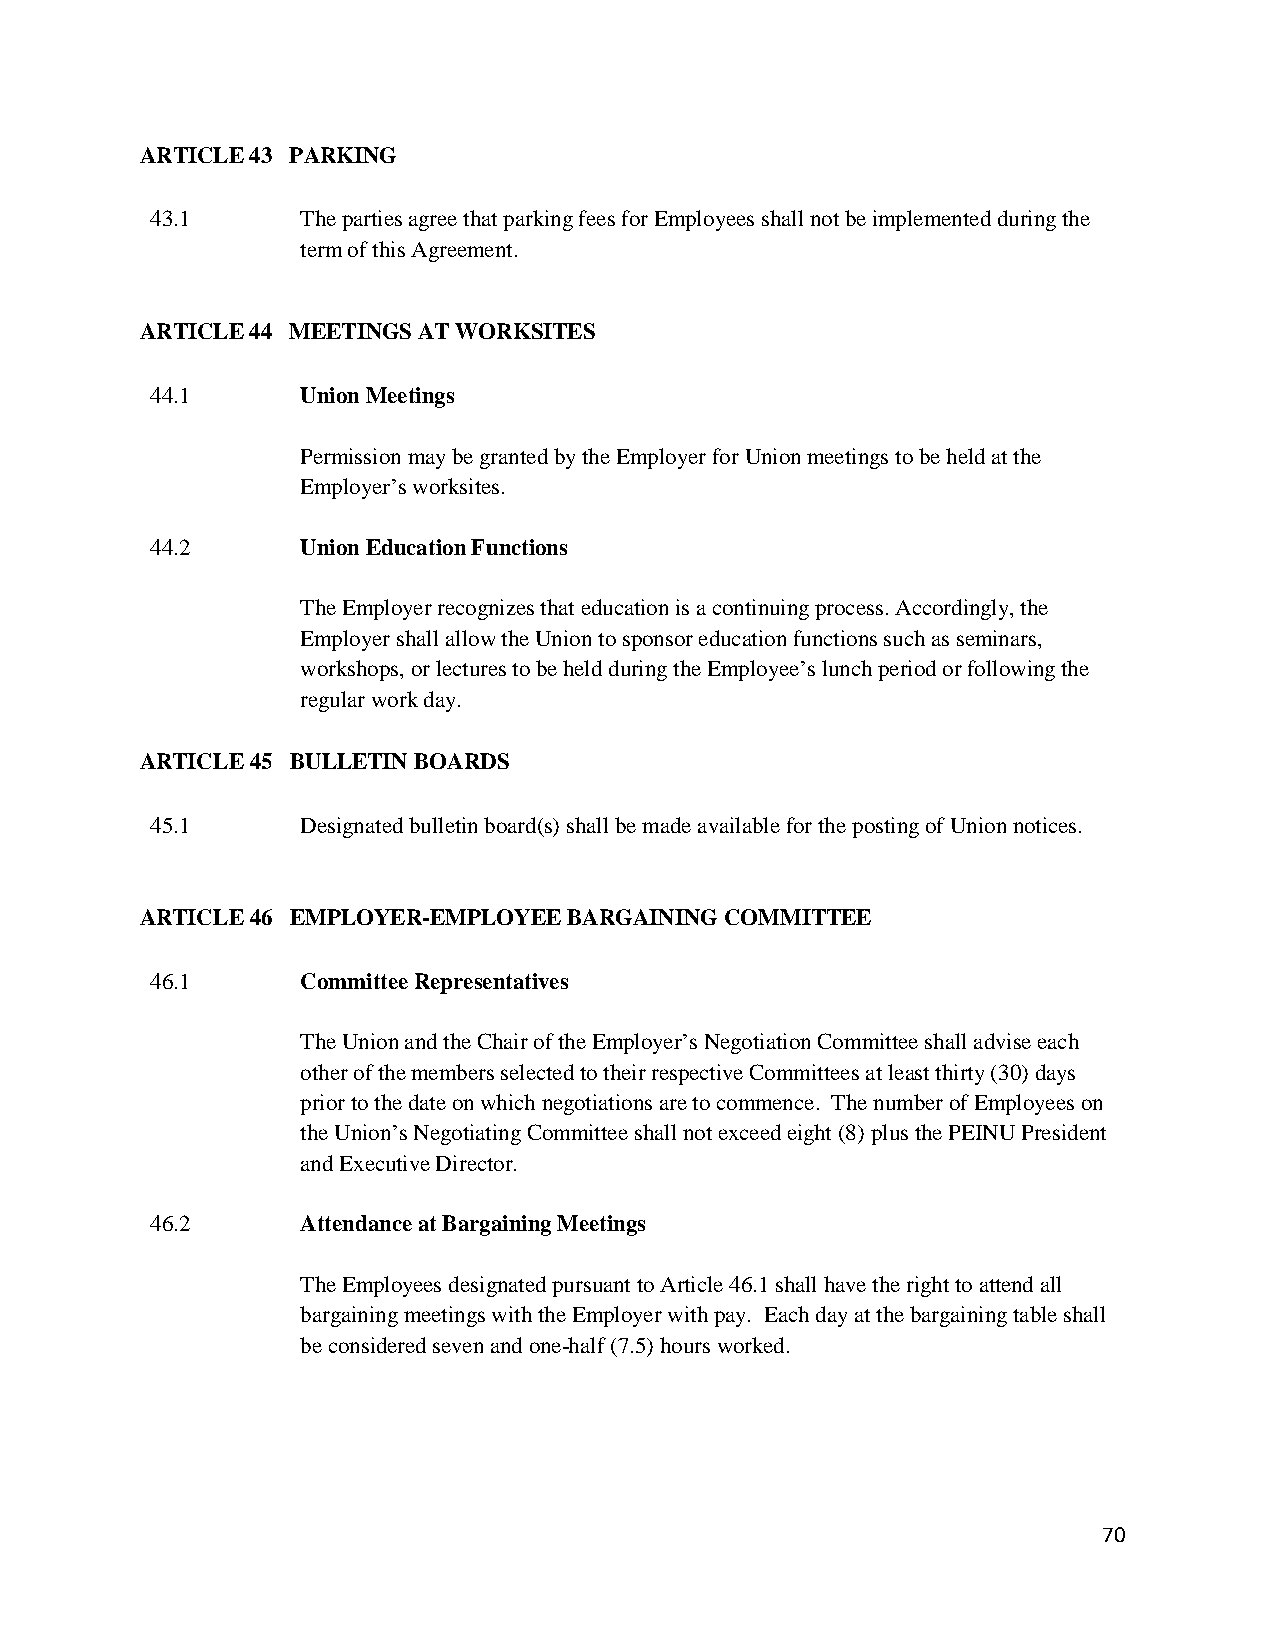
ARTICLE 43 PARKING
 43.1      The parties agree that parking fees for Employees shall not be implemented during the
 term of this Agreement.
 ARTICLE 44 MEETINGS AT WORKSITES
 44.1      Union Meetings
 Permission may be granted by the Employer for Union meetings to be held at the
 Employer’s worksites.
 44.2      Union Education Functions
 The Employer recognizes that education is a continuing process. Accordingly, the
 Employer shall allow the Union to sponsor education functions such as seminars,
 workshops, or lectures to be held during the Employee’s lunch period or following the
 regular work day.
 ARTICLE 45 BULLETIN BOARDS
 45.1      Designated bulletin board(s) shall be made available for the posting of Union notices.
 ARTICLE 46 EMPLOYER-EMPLOYEE BARGAINING COMMITTEE
 46.1      Committee Representatives
 The Union and the Chair of the Employer’s Negotiation Committee shall advise each
 other of the members selected to their respective Committees at least thirty (30) days
 prior to the date on which negotiations are to commence. The number of Employees on
 the Union’s Negotiating Committee shall not exceed eight (8) plus the PEINU President
 and Executive Director.
 46.2      Attendance at Bargaining Meetings
 The Employees designated pursuant to Article 46.1 shall have the right to attend all
 bargaining meetings with the Employer with pay. Each day at the bargaining table shall
 be considered seven and one-half (7.5) hours worked.
 70